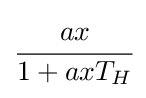
{\cfrac {ax}{1+axT_{H}}}